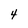
Character: 4